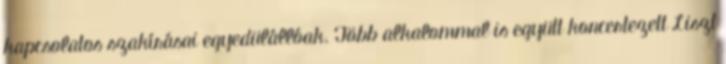
kapcsolatos szakírásai egyedülállóak. Több alkalommal is együtt koncertezett Liszt